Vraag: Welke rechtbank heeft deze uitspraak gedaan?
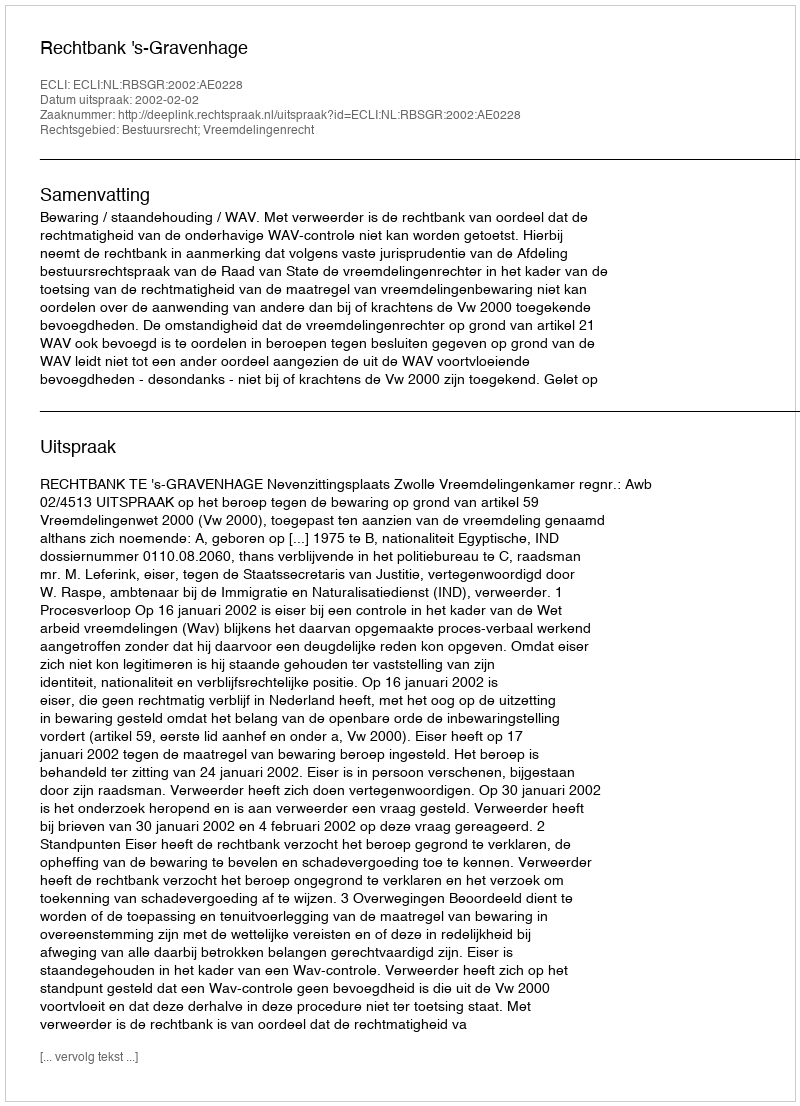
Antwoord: Rechtbank 's-Gravenhage